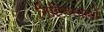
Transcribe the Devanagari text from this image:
निहितस्वार्थों